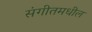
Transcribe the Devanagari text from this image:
संगीतमधील